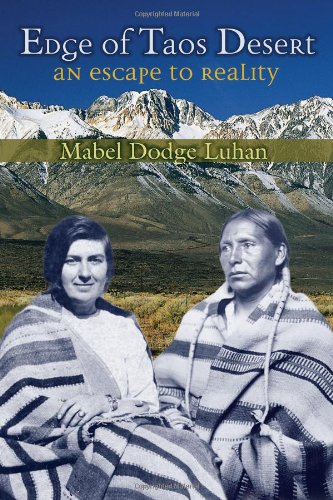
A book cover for Edge of Taos Desert: An Escape to Reality; Mabel Dodge Luhan; Biographies & Memoirs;